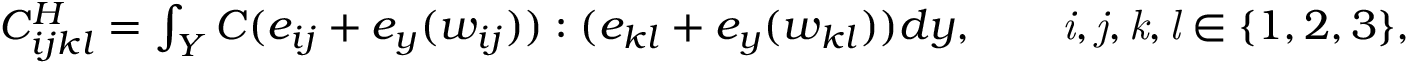
\begin{array} { r } { C _ { i j k l } ^ { H } = \int _ { Y } C ( e _ { i j } + e _ { y } ( w _ { i j } ) ) : ( e _ { k l } + e _ { y } ( w _ { k l } ) ) d { y } , \qquad \mathit { i , j , k , l } \in \{ 1 , 2 , 3 \} , } \end{array}